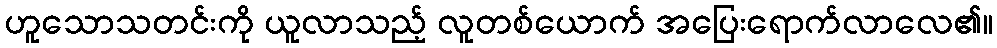
ဟူသောသတင်းကို ယူလာသည့် လူတစ်ယောက် အပြေးရောက်လာလေ၏။